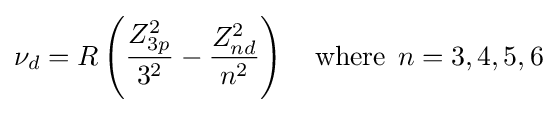
\nu _{d}=R\left({\frac {Z_{3p}^{2}}{3^{2}}}-{\frac {Z_{nd}^{2}}{n^{2}}}\right)\quad {\text{where}}\;\,n=3,4,5,6